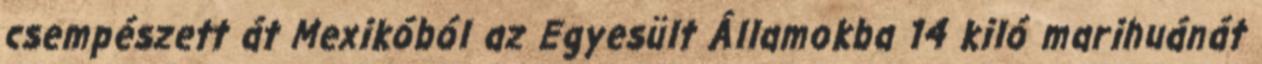
csempészett át Mexikóból az Egyesült Államokba 14 kiló marihuánát